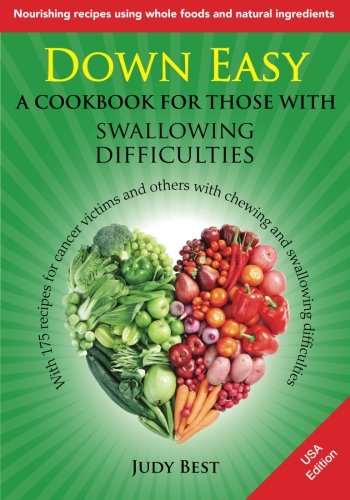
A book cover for Down Easy: A cookbook for those with swallowing difficulties; Judy Best; Cookbooks, Food & Wine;